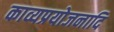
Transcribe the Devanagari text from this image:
काव्यप्रयोजनादि